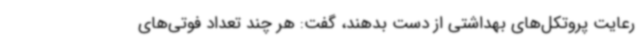
رعایت پروتکل‌های بهداشتی از دست بدهند، گفت: هر چند تعداد فوتی‌های